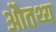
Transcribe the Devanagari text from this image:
औतथ्य